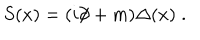
LaTeX: S ( x ) = ( i \partial \! \! \! / + m ) \Delta ( x ) \; .